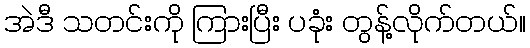
အဲဒီ သတင်းကို ကြားပြီး ပခုံး တွန့်လိုက်တယ်။